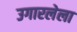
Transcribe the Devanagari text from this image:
उगारलेला